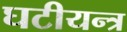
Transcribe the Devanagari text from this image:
घटीयन्त्र